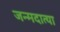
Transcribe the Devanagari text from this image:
जन्मदात्या